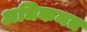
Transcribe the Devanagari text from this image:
अधिकमत